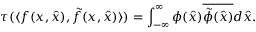
\tau ( \langle f ( x , \hat { x } ) , \tilde { f } ( x , \hat { x } ) \rangle ) = \int _ { - \infty } ^ { \infty } \phi ( \hat { x } ) \overline { { { \tilde { \phi } ( \hat { x } ) } } } d \hat { x } .